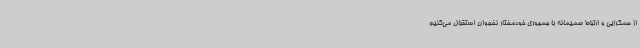
از همگرایی و ارتباط صمیمانه با جمهوری خودمختار نخجوان استقبال می‌کنیم